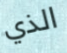
الذي